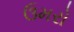
ઉમરો